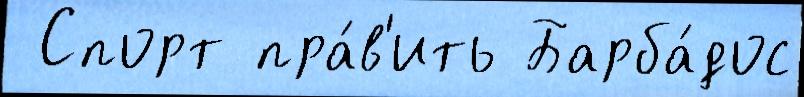
 Спорт пра́в'ить Барба́дос